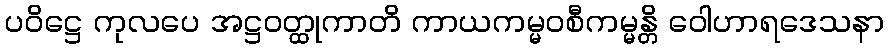
ပဝိဋ္ဌေ ကုလပေ အဋ္ဌဝတ္ထုကာတိ ကာယကမ္မဝစီကမ္မန္တိ ဝေါဟာရဒေသနာ